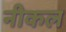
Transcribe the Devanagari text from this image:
नीकल